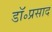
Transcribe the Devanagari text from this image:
डॉ॰प्रसाद